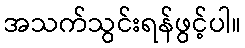
အသက်သွင်းရန်ဖွင့်ပါ။